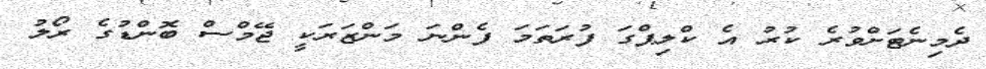
ދެމިނެޓަށްވުރެ ކުރު އެ ކްލިޕްގަ ފުރަތަމަ ފެންނަ މަންޒަރަކީ ޖޭމްސް ބޮންޑުގެ ރޯލު